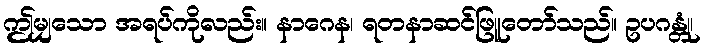
ဤမျှသော အရပ်ကိုလည်း။ နာဂေန၊ ရတနာဆင်ဖြူတော်သည်။ ဥပဂန္တုံ၊